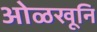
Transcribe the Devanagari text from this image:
ओळखूनि